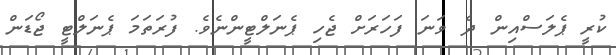
ކުރީ ޕެލަސްއިން ދެ ވަނަ ފަހަރަށް ޖެހި ޕެނަލްޓީންނެވެ. ފުރަތަމަ ޕެނަލްޓީ ޖޯޑަން